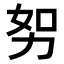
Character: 𭄥